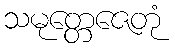
သမုတ္တေဇေတုံ